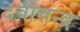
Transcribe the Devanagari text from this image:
देवाचन्द्र